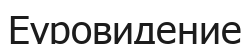
Еуровидение